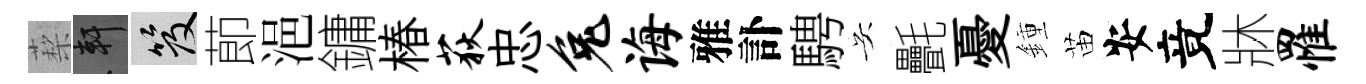
蔾軒笈莭浥鏞椿荻忠兔诲雅訃騁吴㲲憂鍾苗安竟牀罹